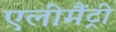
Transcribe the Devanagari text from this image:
एलीमैंट्री